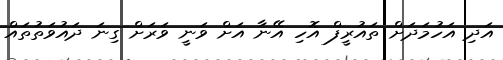
އަދި އަހުމަދަށް ތައުރީފް އޮހި އޭނާ އަށް ވަނީ ވަރަށް ގިނަ ދައުވަތުތައް